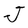
Character: J